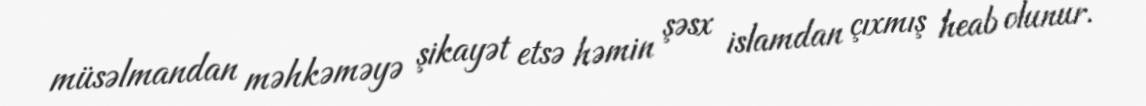
müsəlmandan məhkəməyə şikayət etsə həmin şəsx islamdan çıxmış heab olunur.